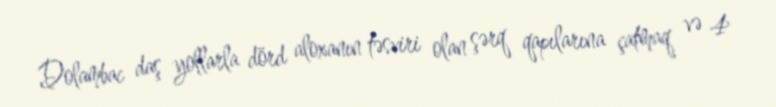
Dolambac daş yollarla dörd aloxanın təsviri olan şərq qapılarına çatmaq və 4